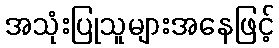
အသုံးပြုသူများအနေဖြင့်